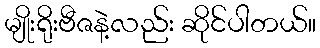
မျိုးရိုးဗီဇနဲ့လည်း ဆိုင်ပါတယ်။